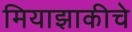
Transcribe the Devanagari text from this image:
मियाझाकीचे